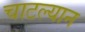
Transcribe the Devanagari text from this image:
चाटल्यान